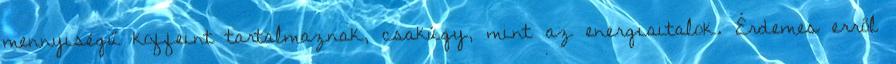
mennyiségű koffeint tartalmaznak, csakúgy, mint az energiaitalok. Érdemes erről